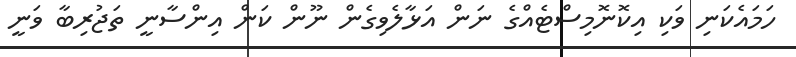
ހަމައެކަނި ވަކި އިކޮނޮމިސްޓެއްގެ ނަން އަޅާލެވިގެން ނޫން ކަން އިންސާނީ ތަޖުރިބާ ވަނީ